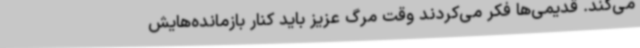
می‌کند. قدیمی‌ها فکر می‌کردند وقت مرگ عزیز باید کنار بازمانده‌هایش